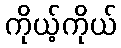
ကိုယ့်ကိုယ်